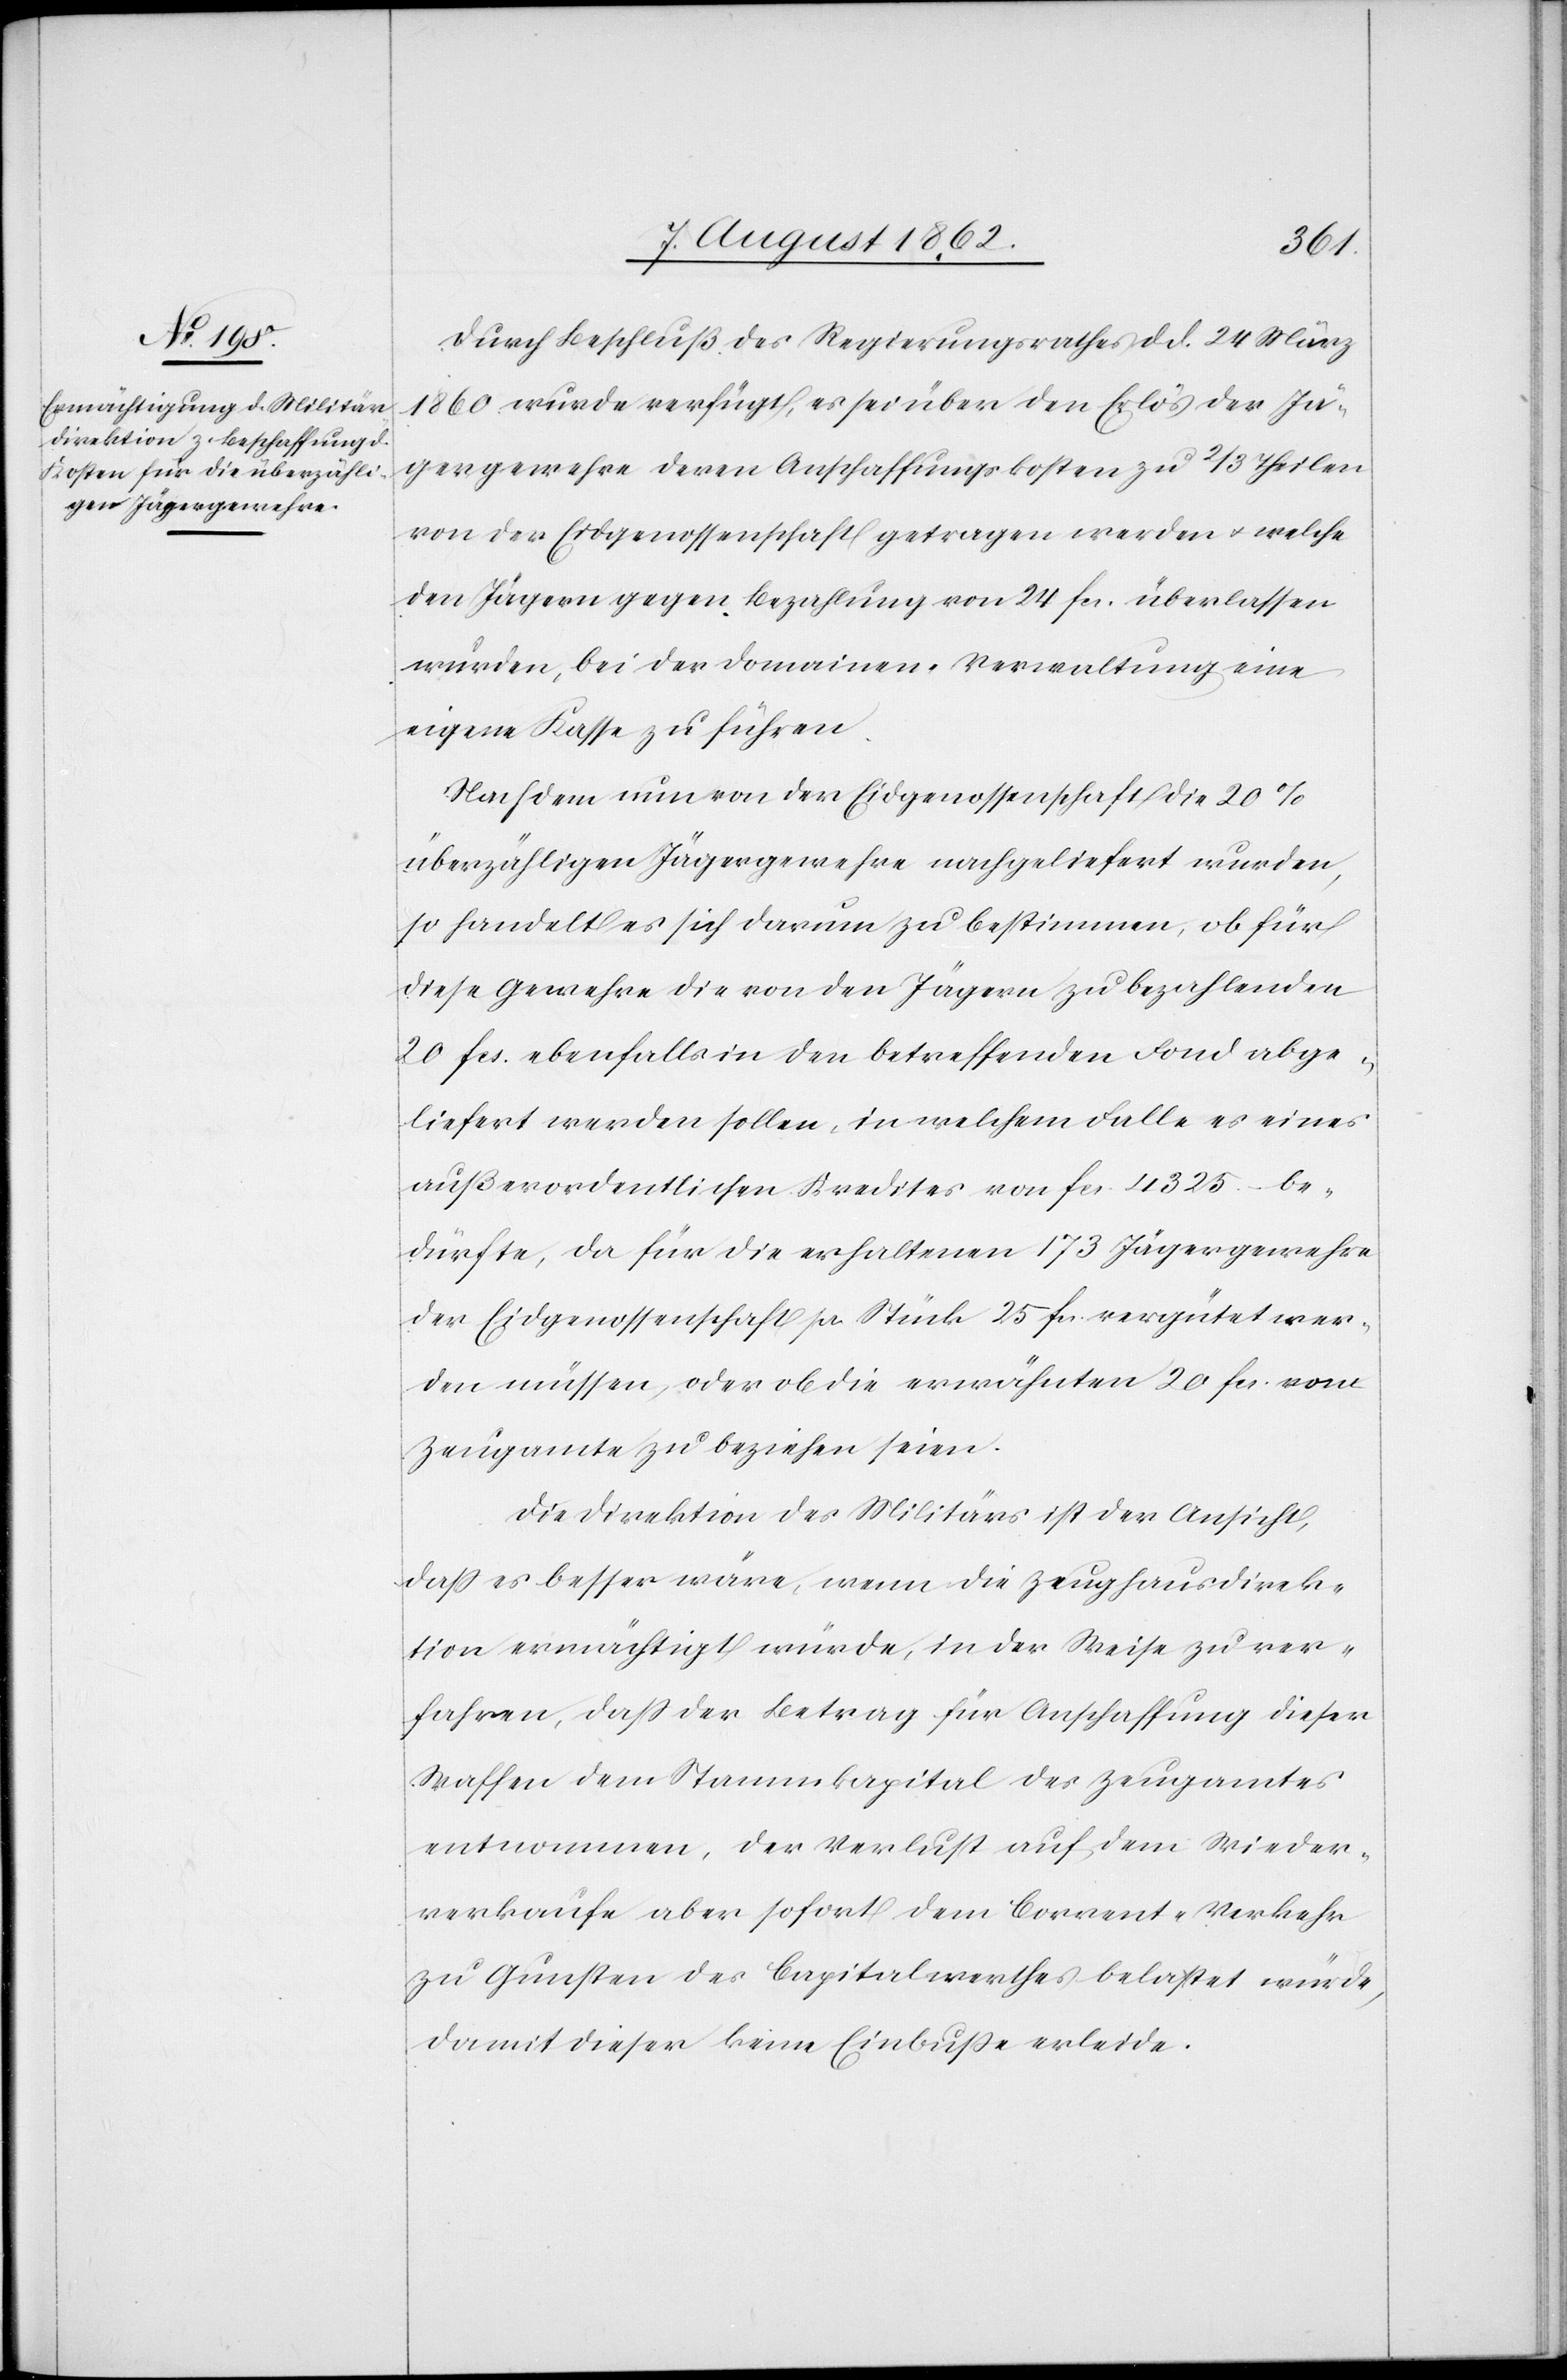
Durch Beschluß des Regierungsrathes d. d. . 24. März
1860 wurde verfügt, es sei über den Erlös der Jä¬
gergewehre deren Anschaffungskosten zu 2/3 Theilen
von der Eidgenossenschaft getragen werden u. welche
den Jägern gegen Bezahlung von 24 fcs. überlassen
wurden, bei der Domainen-Verwaltung eine
eigene Kasse zu führen.
Nachdem nun von der Eidgenossenschaft die 20%
überzähligen Jägergewehre nachgeliefert wurden,
so handelt es sich darum zu bestimmen, ob für
diese Gewehre die von den Jägern zu bezahlenden
20 fcs. ebenfalls in den betreffenden Fond abge¬
liefert werden sollen, in welchem Falle es eines
außerordentlichen Kredites von fcs. 4325 be¬
dürfte, da für die erhaltenen 173 Jägergewehre
der Eidgenossenschaft pr. Stück 25 fcs. vergütet wer¬
den müssen, oder ob die erwähnten 20 fcs. vom
Zeugamte zu beziehen seien.
Die Direktion des Militärs ist der Ansicht,
daß es besser wäre, wenn die Zeughausdirek¬
tion ermächtigt würde, in der Weise zu ver¬
fahren, daß der Betrag für Anschaffung dieser
Waffen dem Stammkapital des Zeugamtes
entnommen, der Verlust auf dem Wieder¬
verkaufe aber sofort dem Corrent-Verkehr
zu Gunsten des Kapitalwerthes belastet würde,
damit dieser keine Einbuße erleide.